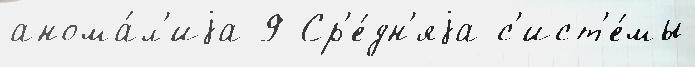
анома́л'иjа 9 Ср'е́дн'яjа с'ист'е́мы